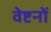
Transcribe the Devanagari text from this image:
वेष्टनों